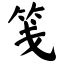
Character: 笺